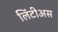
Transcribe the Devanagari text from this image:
लिंटीअस